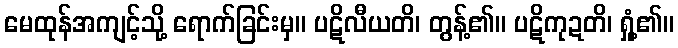
မေထုန်အကျင့်သို့ ရောက်ခြင်းမှ။ ပဋိလီယတိ၊ တွန့်၏။ ပဋိကုဍတိ၊ ရှုံ့၏။